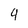
Character: 4